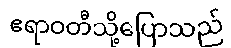
ဧရာဝတီသို့ပြောသည်